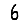
Digit: 6